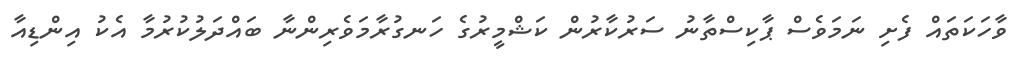
ވާހަކަތައް ފެށި ނަމަވެސް ޕާކިސްތާނު ސަރުކާރުން ކަޝްމީރުގެ ހަނގުރާމަވެރިންނާ ބައްދަލުކުރުމާ އެކު އިންޑިއާ